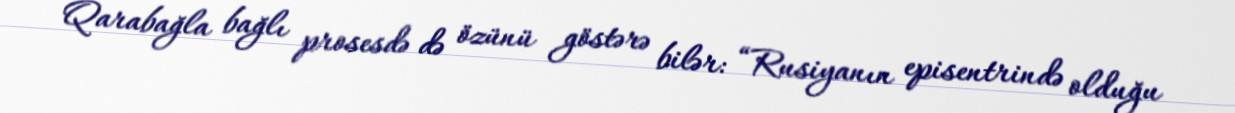
Qarabağla bağlı prosesdə də özünü göstərə bilər: “Rusiyanın episentrində olduğu